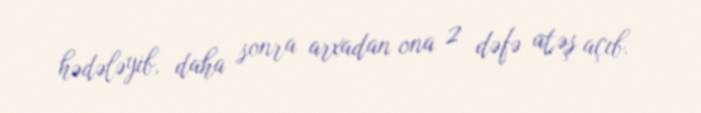
hədələyib, daha sonra arxadan ona 2 dəfə atəş açıb.